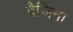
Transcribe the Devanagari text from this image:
वैजिना